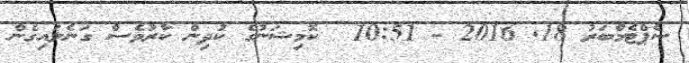
ސެޕްޓެމްބަރު 18